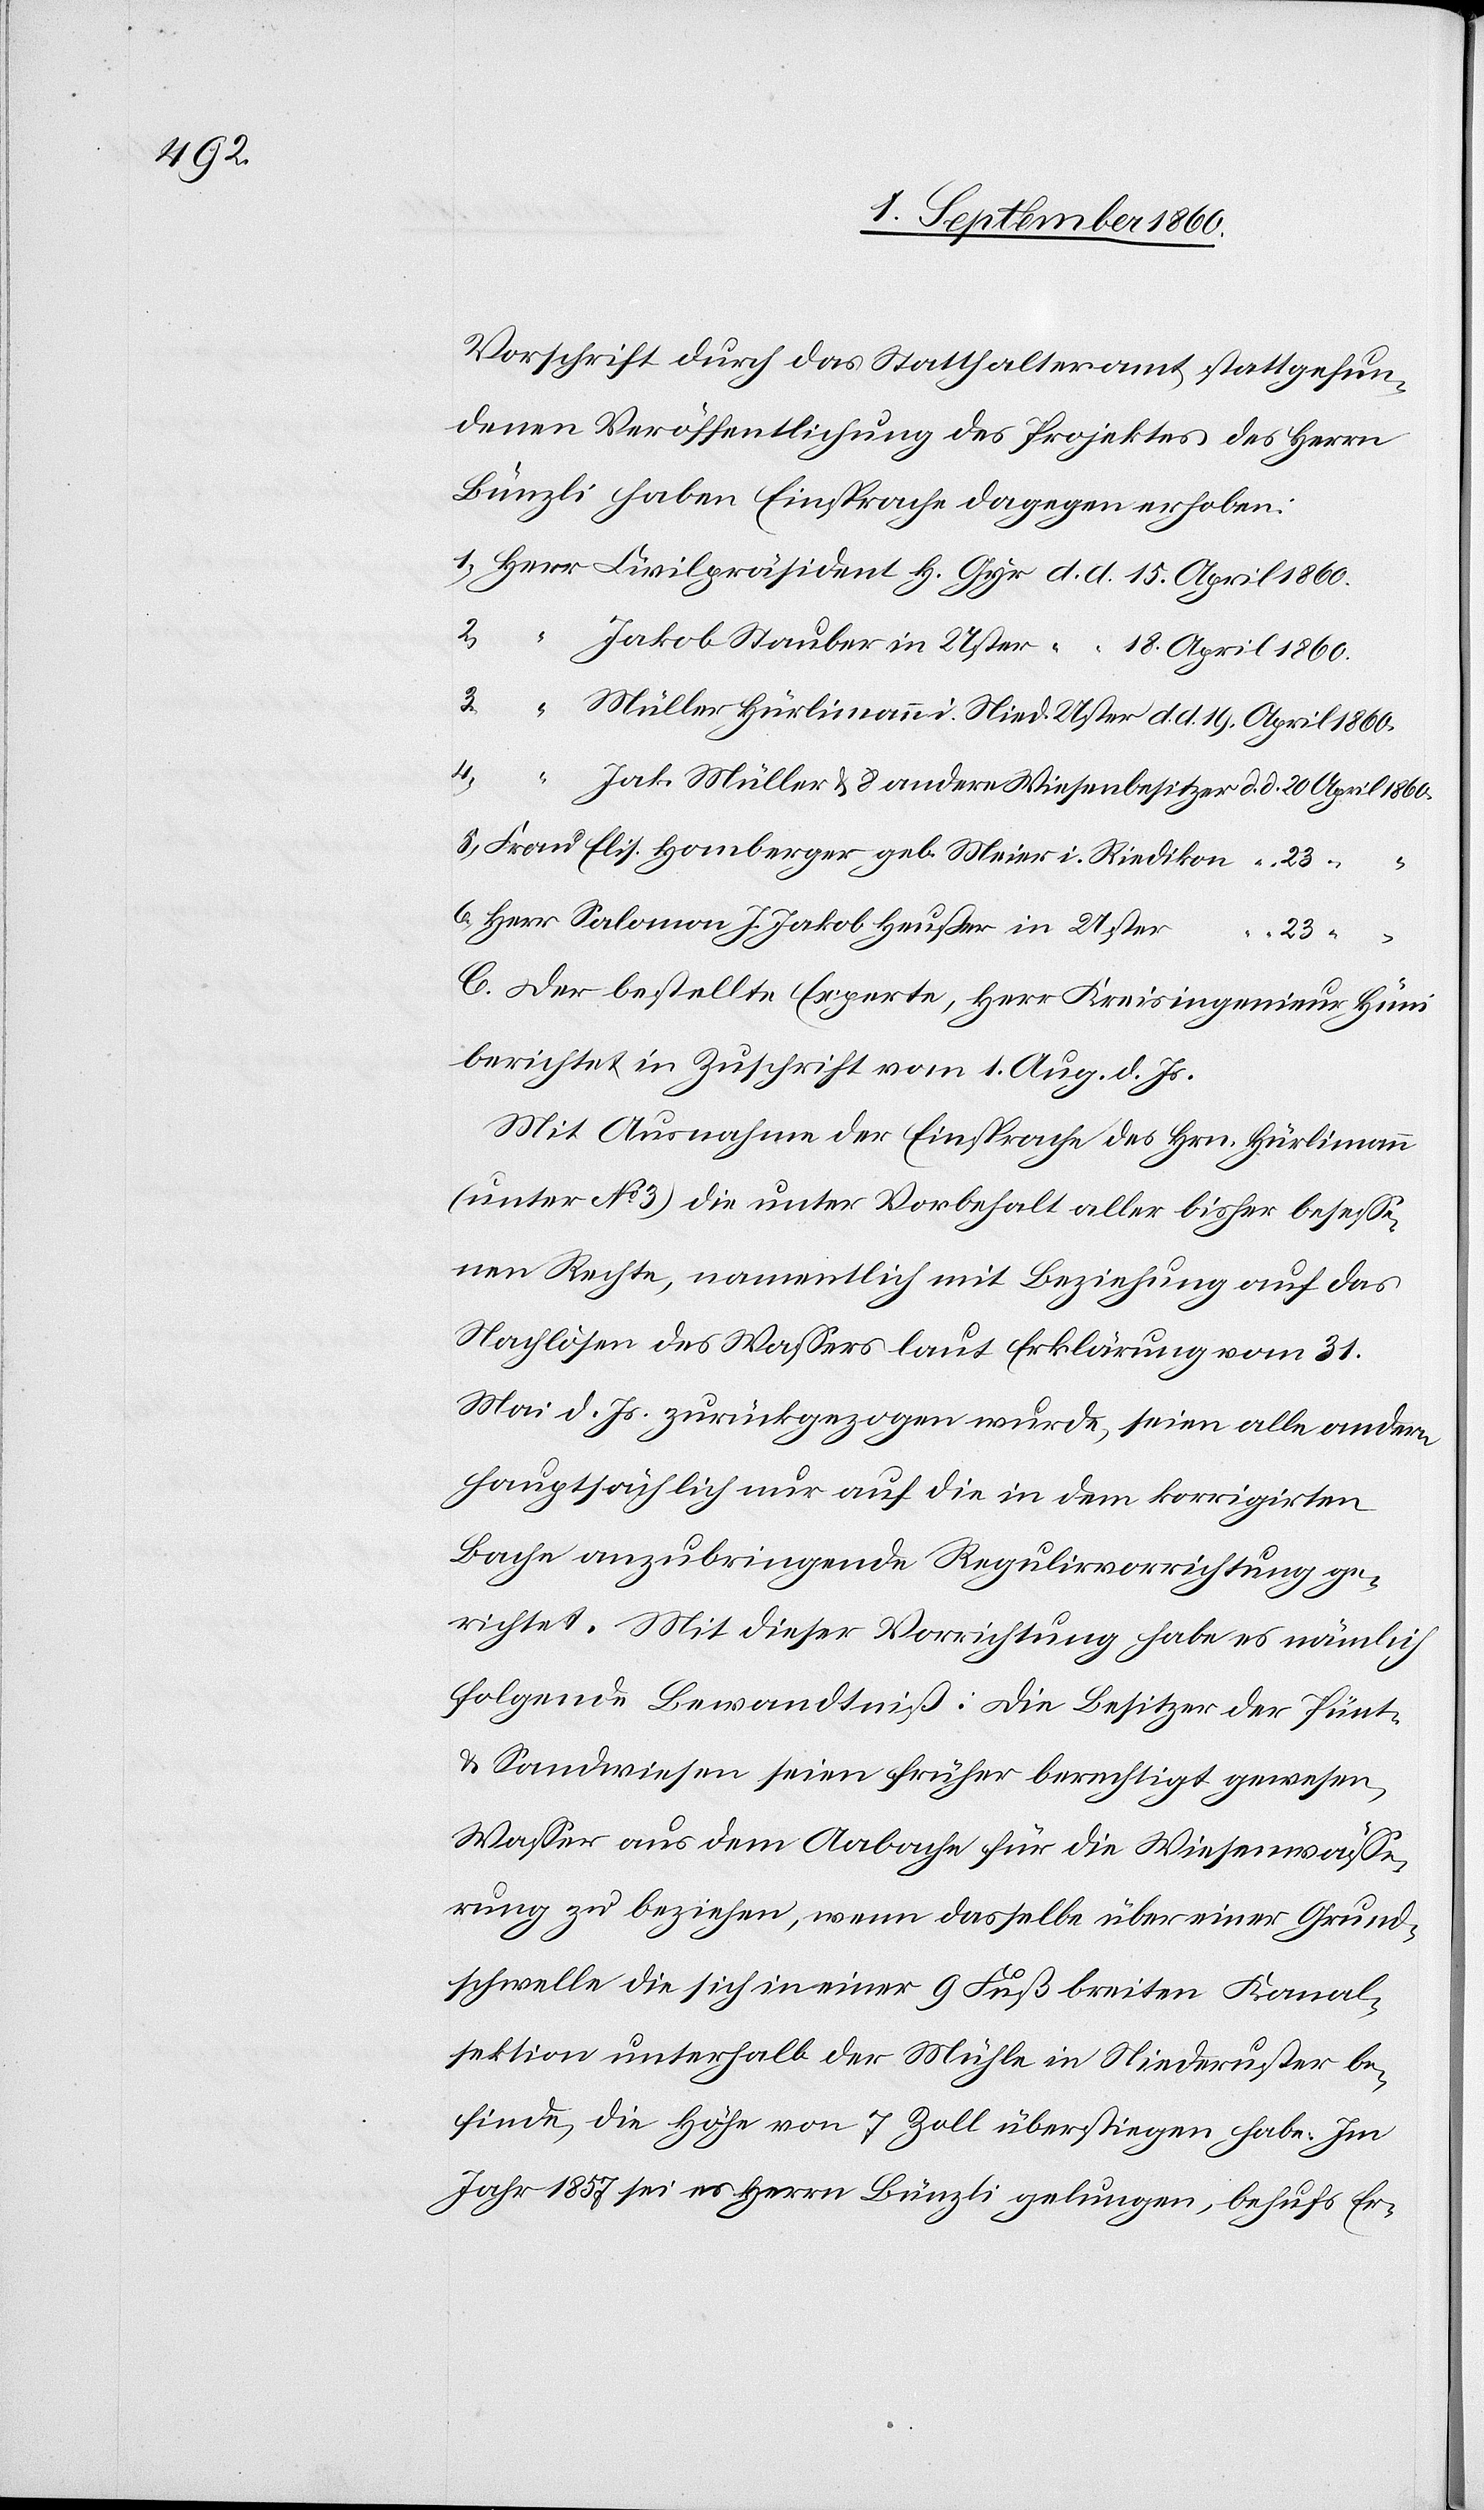
Vorschrift durch das Statthalteramt Statt gefun¬
denen Veröffentlichung des Projektes des Hrn.
Bünzli haben Einsprache dagegen erhoben:
4.
Frau Elis. Homberger geb. Meier in Riedikon
andere
Hr. Salomon u. J. Jakob Heusser in Uster
23.
wer-
C. Der bestellte Experte, Hr. Kreisingenieur Hüni
berichtet in Zuschrift vom 1. August d. Js.:
Mit Ausnahme der Einsprache des Hrn. Hürlimann
(unter No 3) die unter Vorbehalt aller bisher besesse¬
nen Rechte, namentlich mit Beziehung auf das
Nachlösen des Wassers laut Erklärung vom 31t
Mai d. Js. zurückgezogen wurde, seien alle ander¬
hauptsächlich nur auf die in dem korrigirten
Bache anzubringende Regulir-Vorrichtung ge¬
richtet. Mit dieser Vorrichtung habe es nämlich
folgende Bewandtniss: Die Besitzer der Pünt-
u. Sandwiesen seien früher berechtigt gewesen,
Wasser aus dem Aabache für die Wiesenwässe¬
rung zu beziehen, wenn dasselbe über einer Grund¬
schwelle, die sich in einer 9 Fuss breiten Kanal¬
sektion unterhalb der Mühle in Niederuster be¬
finde, die Höhe von 7 Zoll überstiegen habe. Im
Jahr 1857 sei es Hrn. Bünzli gelungen, behufs Er¬